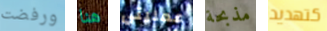
ورفضت هنا عمليتي مذبحة كتهديد